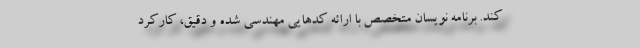
کند. برنامه نویسان متخصص با ارائه کدهایی مهندسی شده و دقیق، کارکرد